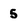
Character: 5